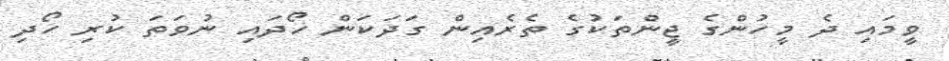
ވީމައި ދެ މީހުންގެ ޖީންތަކުގެ ތެރެއިން ގަދަކަން ހޯދައި ނުވަތަ ކުރި ހޯދި